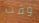
وقت